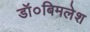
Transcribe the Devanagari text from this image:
डॉ०बिमलेश